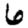
Digit: 6